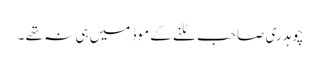
چوہدری صاحب ٹلنے کے موڈ میں ہی نہ تھے ۔